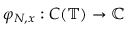
\varphi _ { N , x } : C ( \mathbb { T } ) \to \mathbb { C }